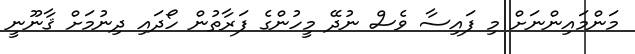
މަންމައިންނަށް މި ފައިސާ ވެސް ނުދޭ މީހުންގެ ފަރާތުން ހޯދައި ދިނުމަށް ޤާނޫނީ